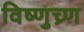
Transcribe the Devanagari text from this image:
विष्णुच्र्ण